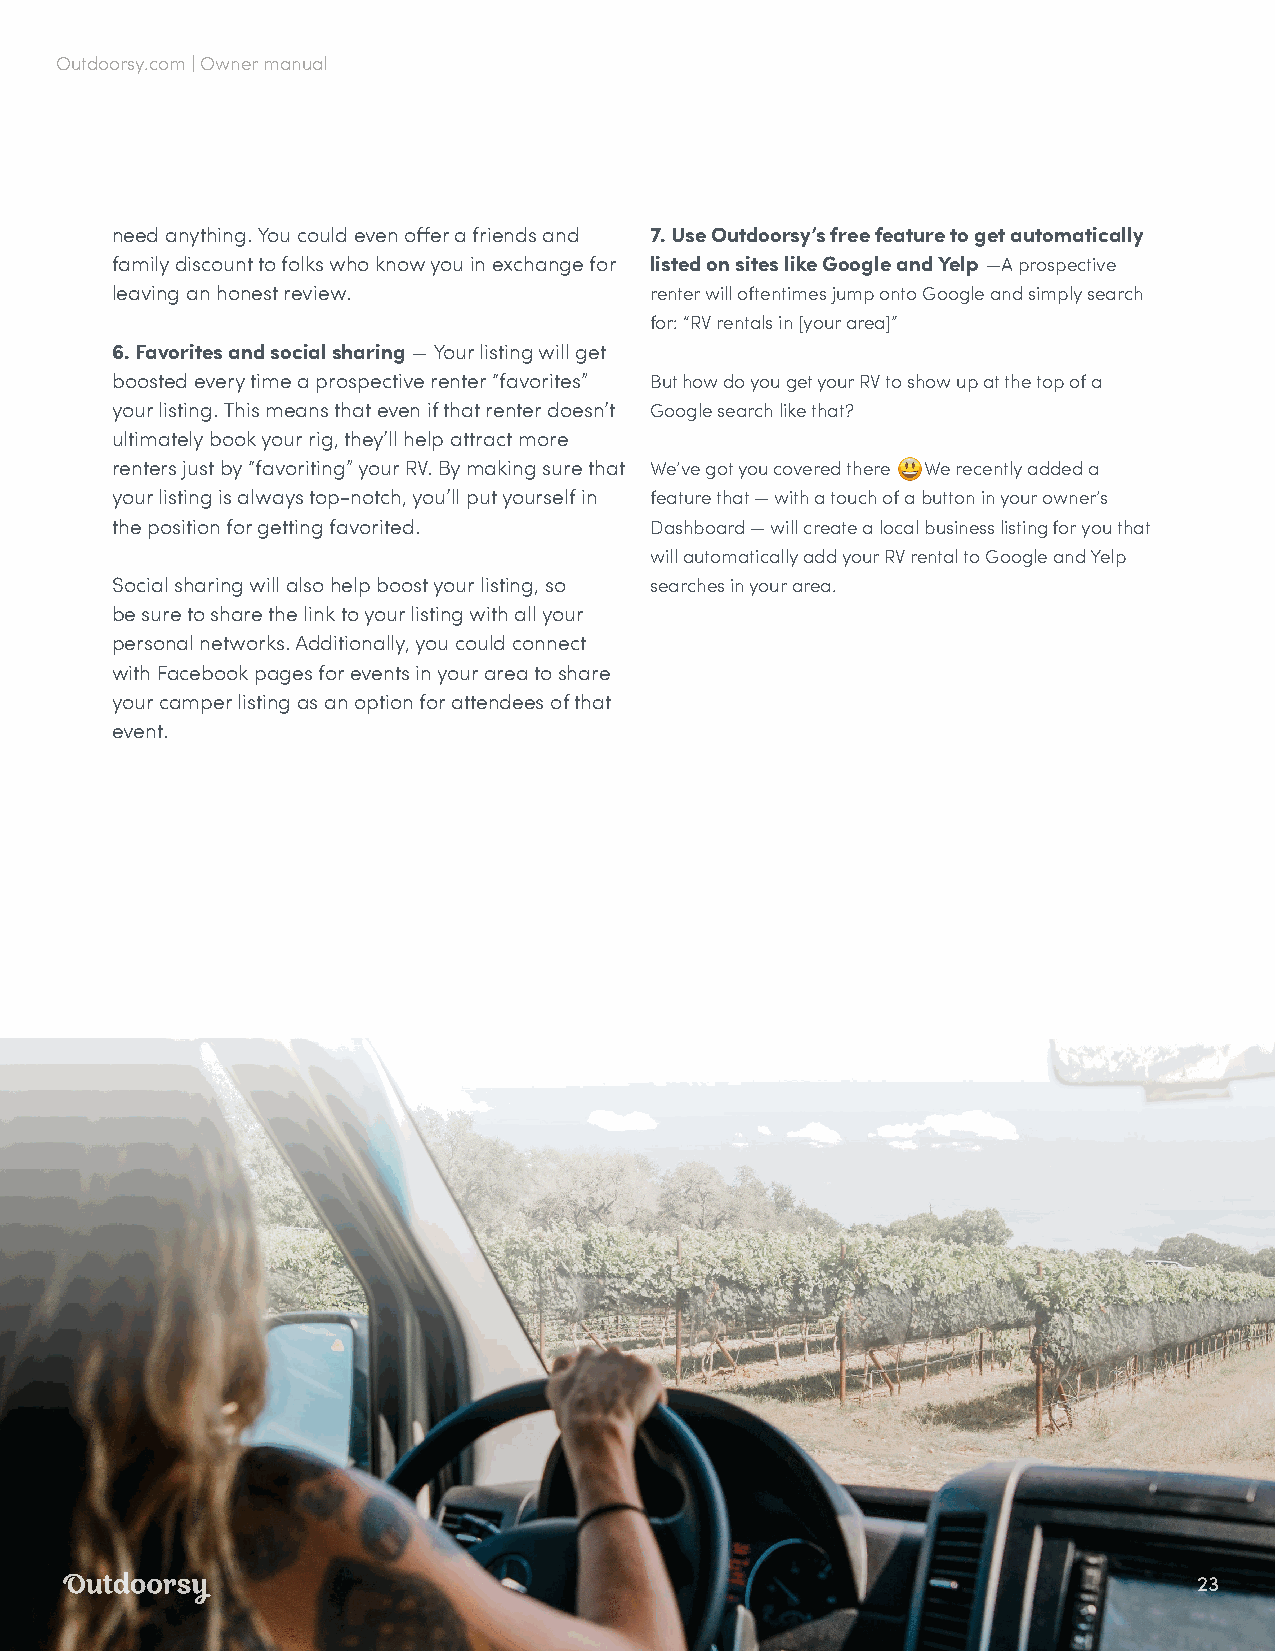
Outdoorsy.com | Owner manual
 need anything. You could even offer a friends and 7. Use Outdoorsy’s free feature to get automatically
 family discount to folks who know you in exchange for listed on sites like Google and Yelp —A prospective
 leaving an honest review.           renter will oftentimes jump onto Google and simply search
 for: “RV rentals in [your area]”
 6. Favorites and social sharing — Your listing will get
 boosted every time a prospective renter “favorites” But how do you get your RV to show up at the top of a
 your listing. This means that even if that renter doesn’t Google search like that?
 ultimately book your rig, they’ll help attract more
 renters just by “favoriting” your RV. By making sure that We’ve got you covered there 😃 We recently added a
 your listing is always top-notch, you’ll put yourself in feature that — with a touch of a button in your owner’s
 the position for getting favorited. Dashboard — will create a local business listing for you that
 will automatically add your RV rental to Google and Yelp
 Social sharing will also help boost your listing, so searches in your area.
 be sure to share the link to your listing with all your
 personal networks. Additionally, you could connect
 with Facebook pages for events in your area to share
 your camper listing as an option for attendees of that
 event.
 23